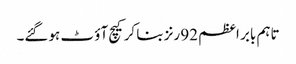
تاہم بابر اعظم 92 رنز بنا کرکیچ آؤ ٹ ہوگئے۔